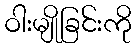
ဝါးမျိုခြင်းကို